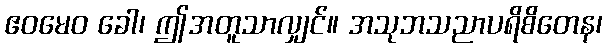
ဧဝမေဝ ခေါ၊ ဤအတူသာလျှင်။ အသုဘသညာပရိစိတေန၊